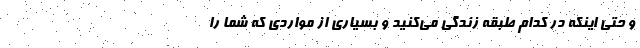
و حتی اینکه در کدام طبقه زندگی می‌کنید و بسیاری از مواردی که شما را